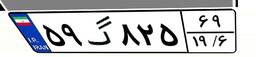
۶۰گ۰۹۲۵۵